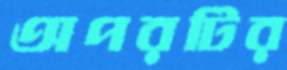
অপরটির